Annual vaccination report of Bihar and Orissa - 1911-1928
Year: 1911
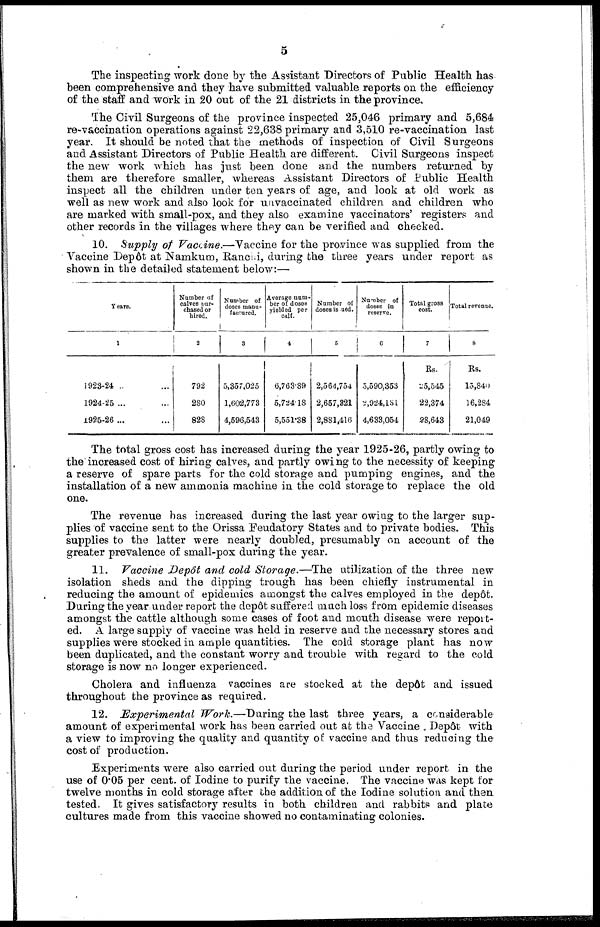
5
The inspecting work done by the Assistant Directors of Public Health has
been comprehensive and they have submitted valuable reports on the efficiency
of the staff and work in 20 out of the 21 districts in the province.
The Civil Surgeons of the province inspected 25,046 primary and 5,684
re-vaccination operations against 22,638 primary and 3,510 re-vaccination last
year. It should be noted that the methods of inspection of Civil Surgeons
and Assistant Directors of Public Health are different. Civil Surgeons inspect
the new work which has just been done and the numbers returned by
them are therefore smaller, whereas Assistant Directors of Public Health
inspect all the children under ten years of age, and look at old work as
well as new work and also look for unvaccinated children and children who
are marked with small-pox, and they also examine vaccinators' registers and
other records in the villages where they can be verified and checked.
10. Supply of Vaccine.—Vaccine for the province was supplied from the
Vaccine Depôt at Namkum, Ranchi, during the three years under report as
shown in the detailed statement below:—
Years.
1
1923-24 ..
1924-25 ...
1925-26 ...
Number of
calves pur-
chased or
hired.
2
792
280
828
Number of
doses manu-
factured.
3
5,357,025
1,602,773
4,596,543
Average num-
ber of doses
yielded per
Calf.
4
1
6,763.89
5,724.18
5,551.38
Number of
doses is ued.
5
2,564,754
2,657,321
2,881,416
Number of
doses in
reserve.
6
5,590,353
2,924,131
4,633,054
Total gross
cost.
7
Rs.
25,545
22,374
28,643
Total revenue.
8
Rs.
15,840
16,284
21,049
The total gross cost has increased during the year 1925-26, partly owing to
the increased cost of hiring calves, and partly owing to the necessity of keeping
a reserve of spare parts for the cold storage and pumping engines, and the
installation of a new ammonia machine in the cold storage to replace the old
one.
The revenue has increased during the last year owing to the larger sup-
plies of vaccine sent to the Orissa Feudatory States and to private bodies. This
supplies to the latter were nearly doubled, presumably on account of the
greater prevalence of small-pox during the year.
11. Vaccine Depôt and cold Storage.—The utilization of the three new
isolation sheds and the dipping trough has been chiefly instrumental in
reducing the amount of epidemics amongst the calves employed in the depôt.
During the year,under report the depôt suffered much loss from epidemic diseases
amongst the cattle although some cases of foot and mouth disease were report-
ed. A large supply of vaccine was held in reserve and the necessary stores and
supplies were stocked in ample quantities. The cold storage plant has now
been duplicated, and the constant worry and trouble with regard to the cold
storage is now no longer experienced.
Cholera and influenza vaccines are stocked at the depôt and issued
throughout the province as required.
12. Experimental Work.—During the last three years, a considerable
amount of experimental work has been carried out at the Vaccine, Depôt with
a view to improving the quality and quantity of vaccine and thus reducing the
cost of production.
Experiments were also carried out during the period under report in the
use of 0.05 per cent. of Iodine to purify the vaccine. The vaccine was kept for
twelve months in cold storage after the addition of the Iodine solution and then
tested. It gives satisfactory results in both children and rabbits and plate
cultures made from this vaccine showed no contaminating colonies.